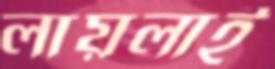
লায়লাই